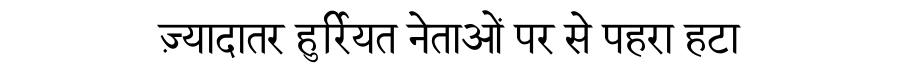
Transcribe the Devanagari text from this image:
ज़्यादातर हुर्रियत नेताओं पर से पहरा हटा